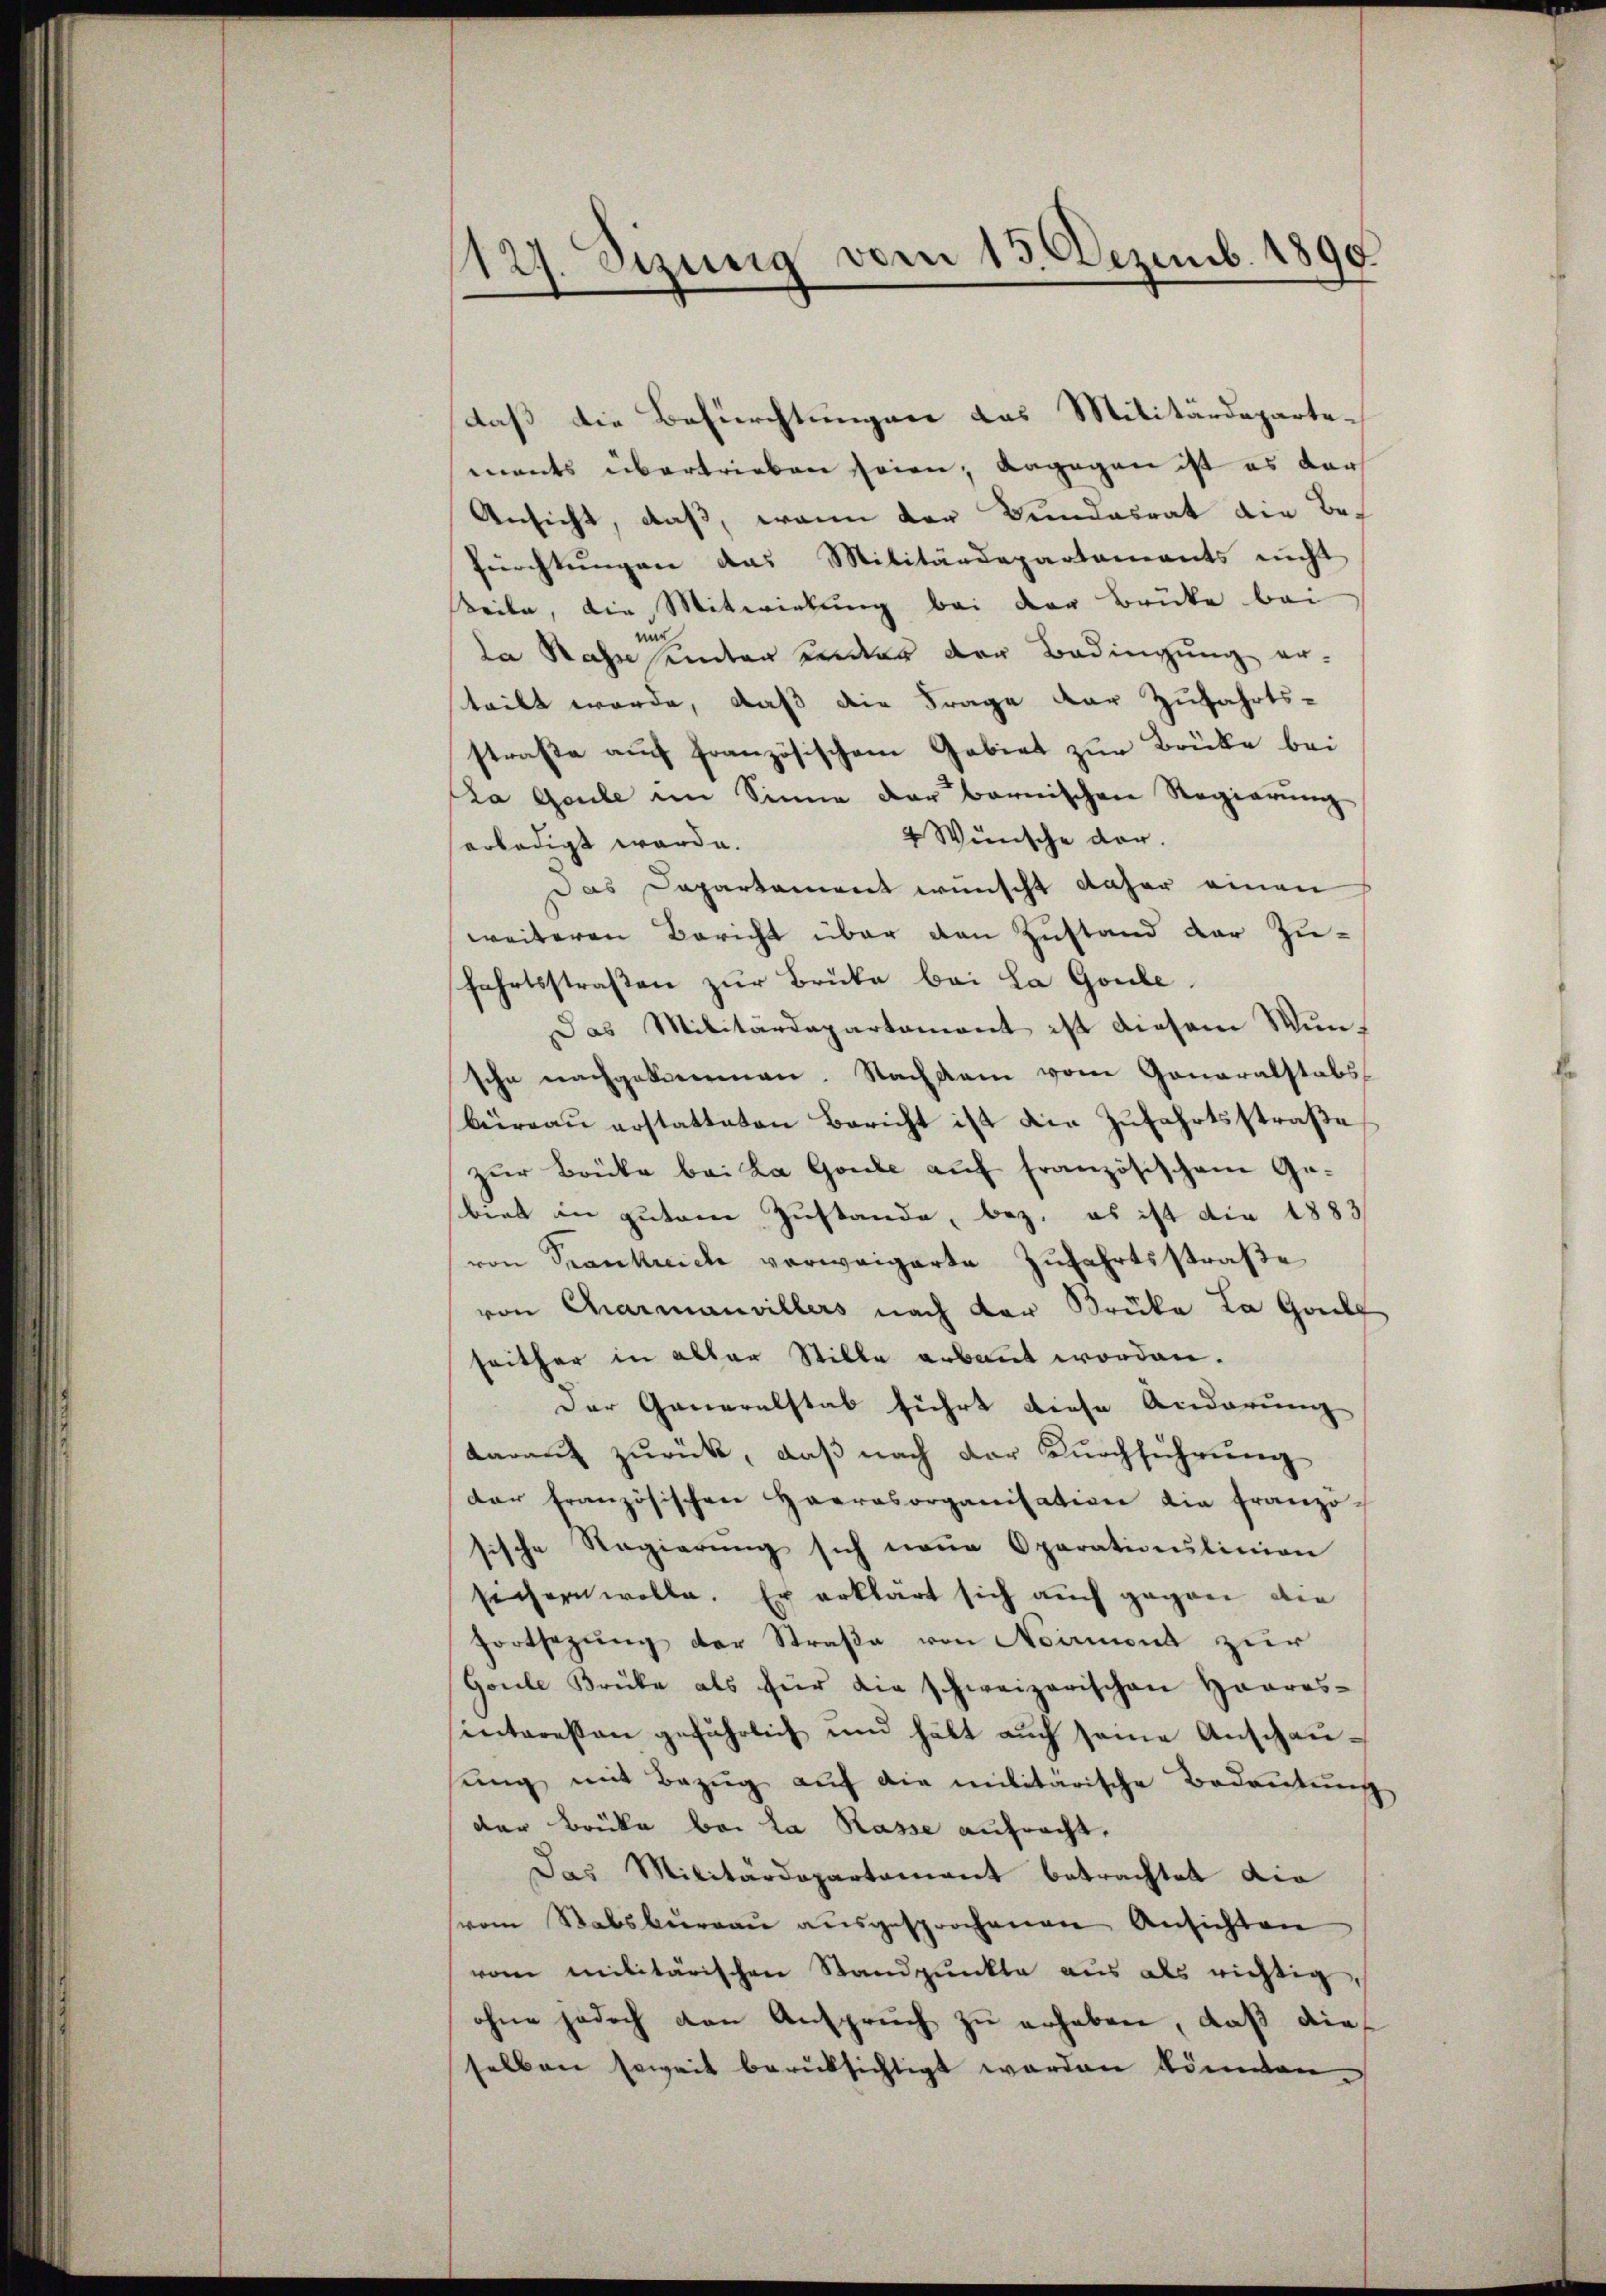
127. Sizung vom 13. Dezemb. 1890

daß die Befürchtungen das Militärdepartements übertrieben seien; dagegen ist es dar
Ansicht, daß, wenn der Bundesrat die Befürchtungen das Militärdepartements nicht
teile, die Mitwirkung bei der Brücke bei
nur
da Rahn seinten ander der Bedingung er-
steilt werde, daß die Frage der Zufahrts-
straße auch französischem Gebiet zur Brücke bei
La Gaule im Sinne der bernischen Regierung
4 Wünsche dar.
erledigt werde.
Das Departament wünscht daher einen
weiteren Bericht über den Zustand der Zu-
fahrtsstraßen zur Brücke bei La Gombe
Das Militärdepartemont ist diesem Wunsche nachgekommen. Nach kam vom Generalstabs
büreau erstatteten Bericht ist die Zufahrtsstraße
zŭr Brüke bei La Gombe auf französischen Gebiet in gutem Zustande, bez. es ist die 1883/
von Trankreiche verweigerte Zufahrtsstraße
von Charmanvillers nach der Brüke La Gale
seither in aller Stille erbaut worden.
Der Generalstab führt diese Anderung
darant zurück, daß nach der Durchführung
der französischen Haarasorganisation die franzo-
sische Regierŭng sich neue Oparationslinien
sichern wolle. Er erklärt sich auch gegen die
fortsezung der Straße von Noirmond zur
Goule Brüke als für die schweizerischen Haares-
interessen gefährlich und hält aŭch seine Anschaŭ-
ung mit Bezug auf die militärische Bedeutung
der Brücke bei la Rasse aufracht,
Das Militärdepartement betrachtet die
vom Stabsburgau ausgesprochenen Ansichten
vom Militärischen Standpunkte aus als richtig,
ohne jedoch den Anspruch zu erheben, daß dieselben soweit berüksichtigt worden können.